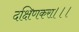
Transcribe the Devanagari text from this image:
दक्षिणकरा।।।